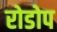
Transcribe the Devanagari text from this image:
रोडोप